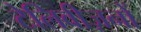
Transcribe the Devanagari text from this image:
टेलिवीज़नों